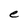
Character: C